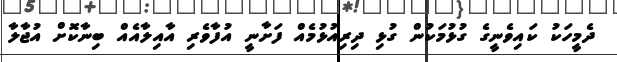
ދެމީހަކު ކައިވެނީގެ ގުޅުމަކުން ގުޅި ދިރިއުޅުމެއް ފަށާނީ އުފާވެރި އާއިލާއެއް ބިނާކޮށް އުޖާލާ